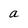
Character: a